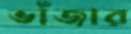
ভাঁজার